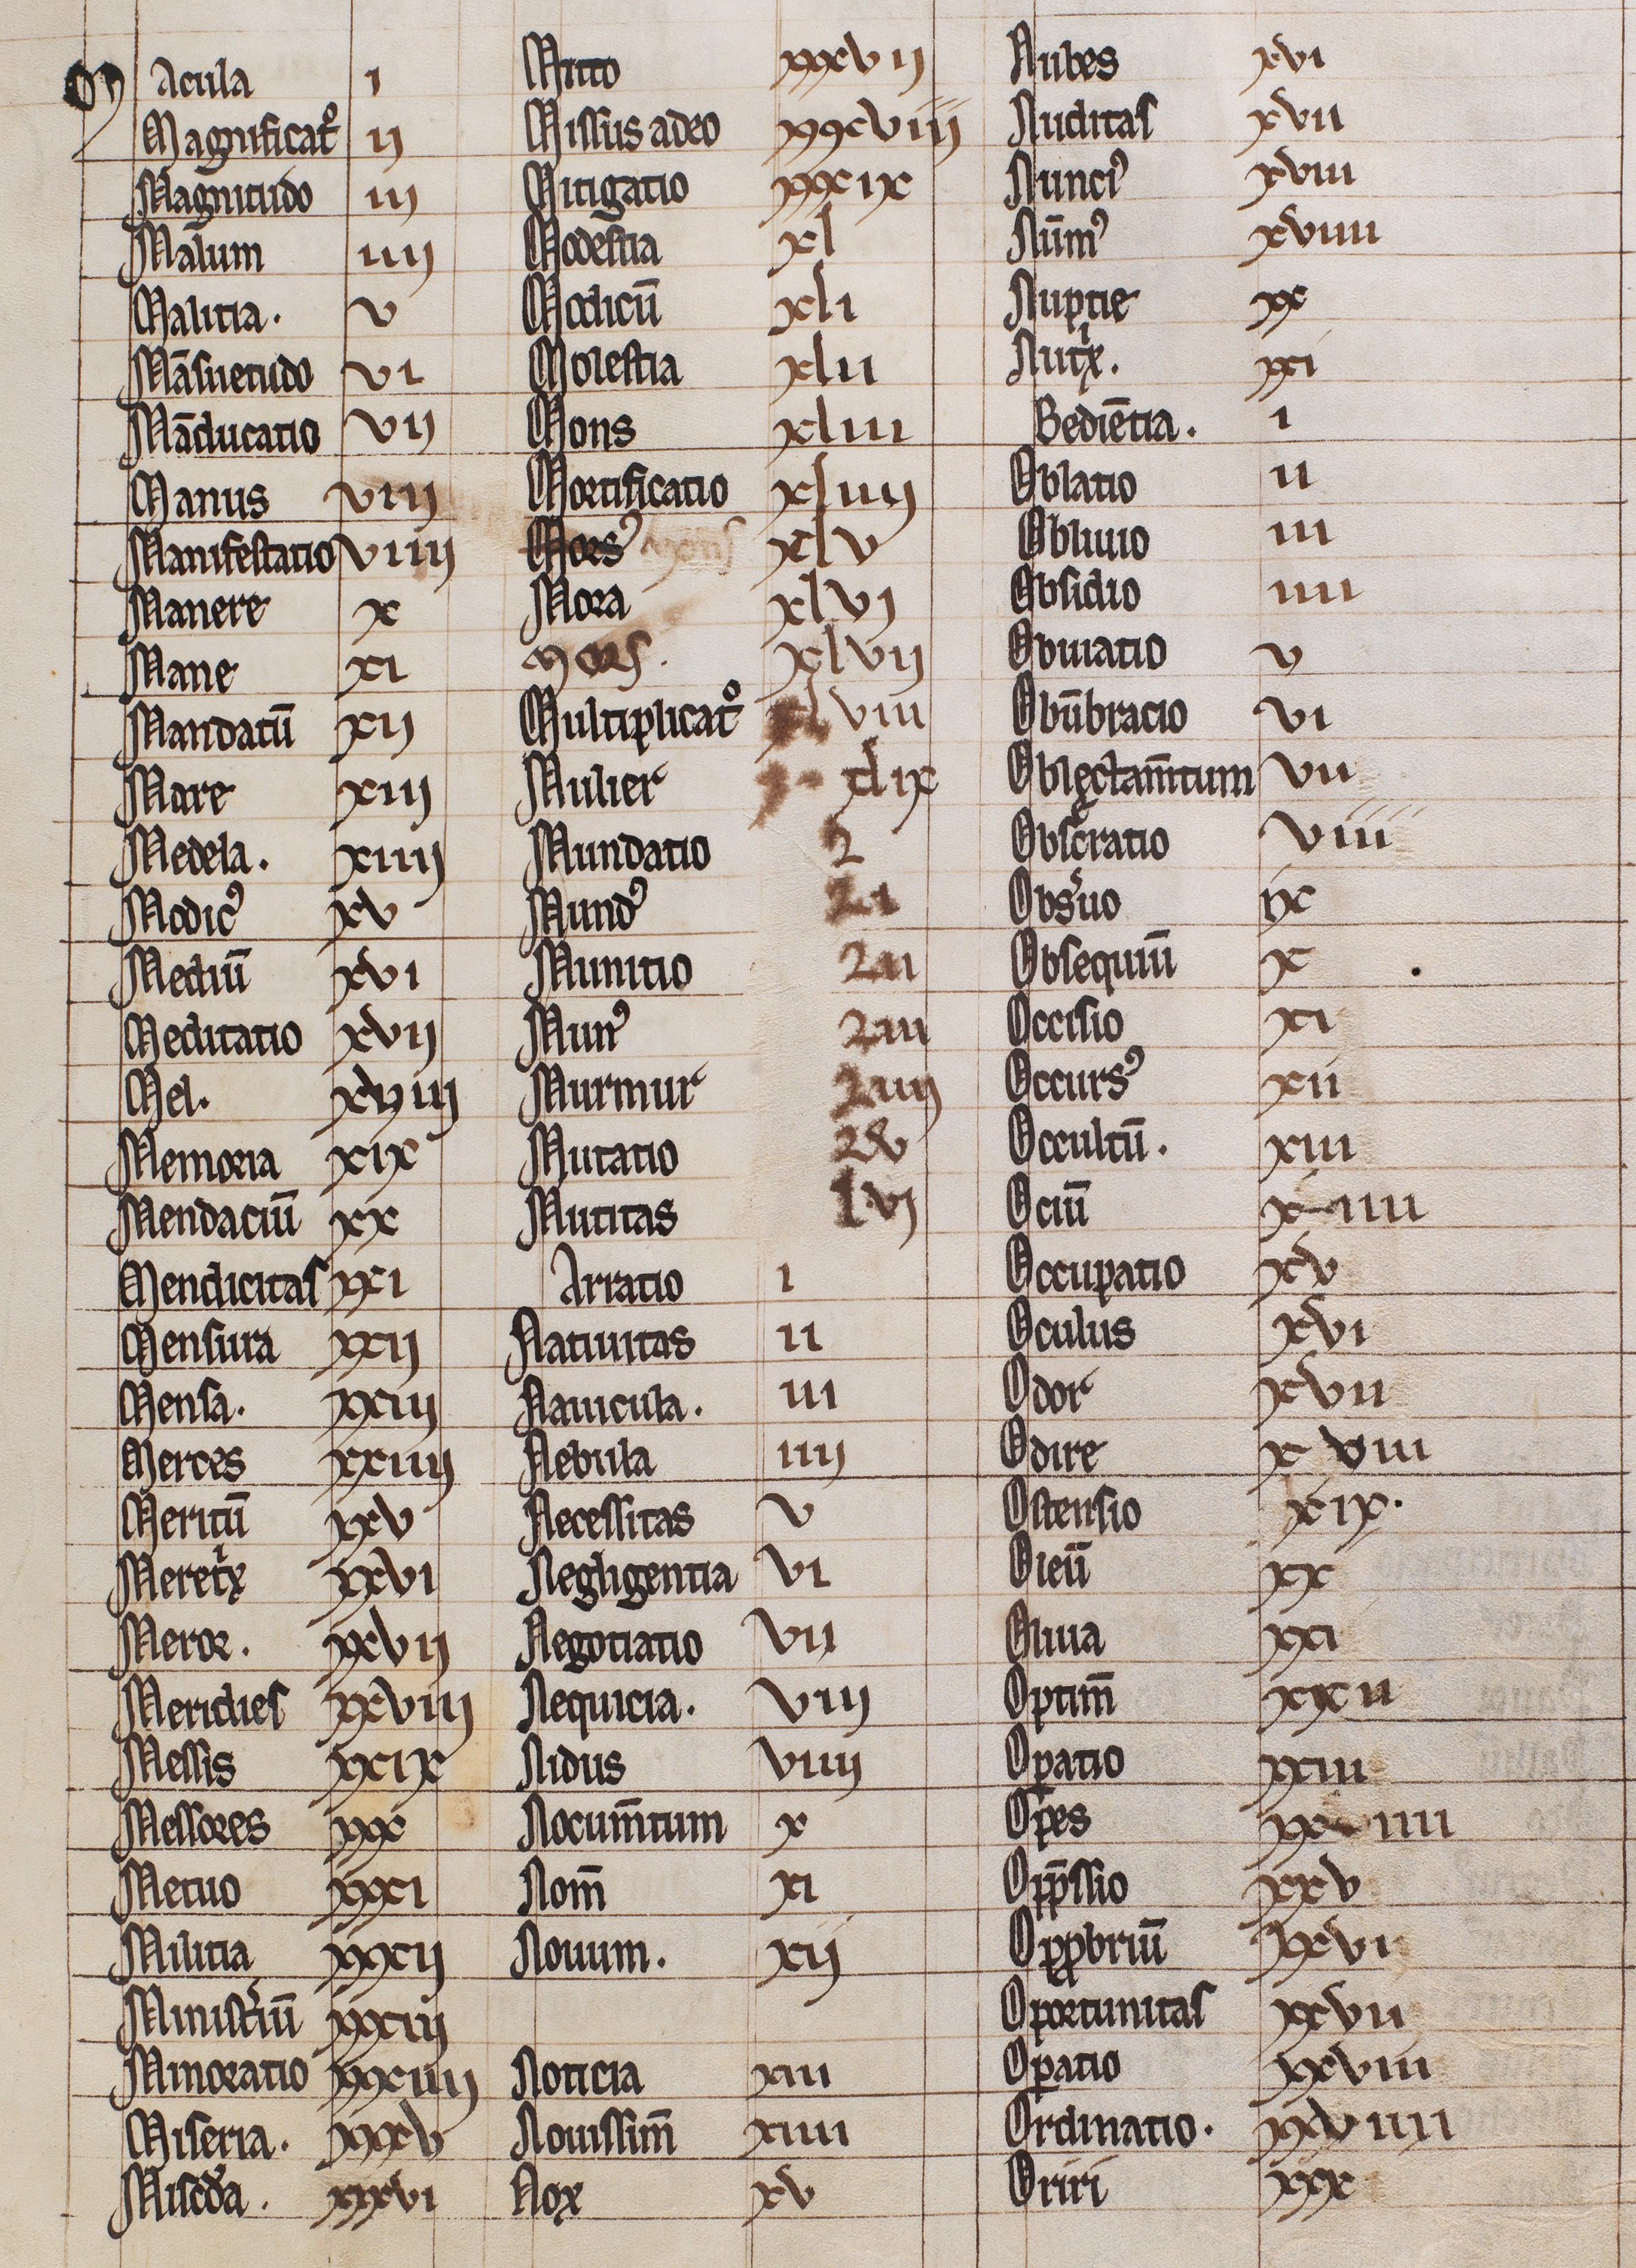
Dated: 1300–1399